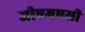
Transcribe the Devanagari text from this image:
जीएमएसी